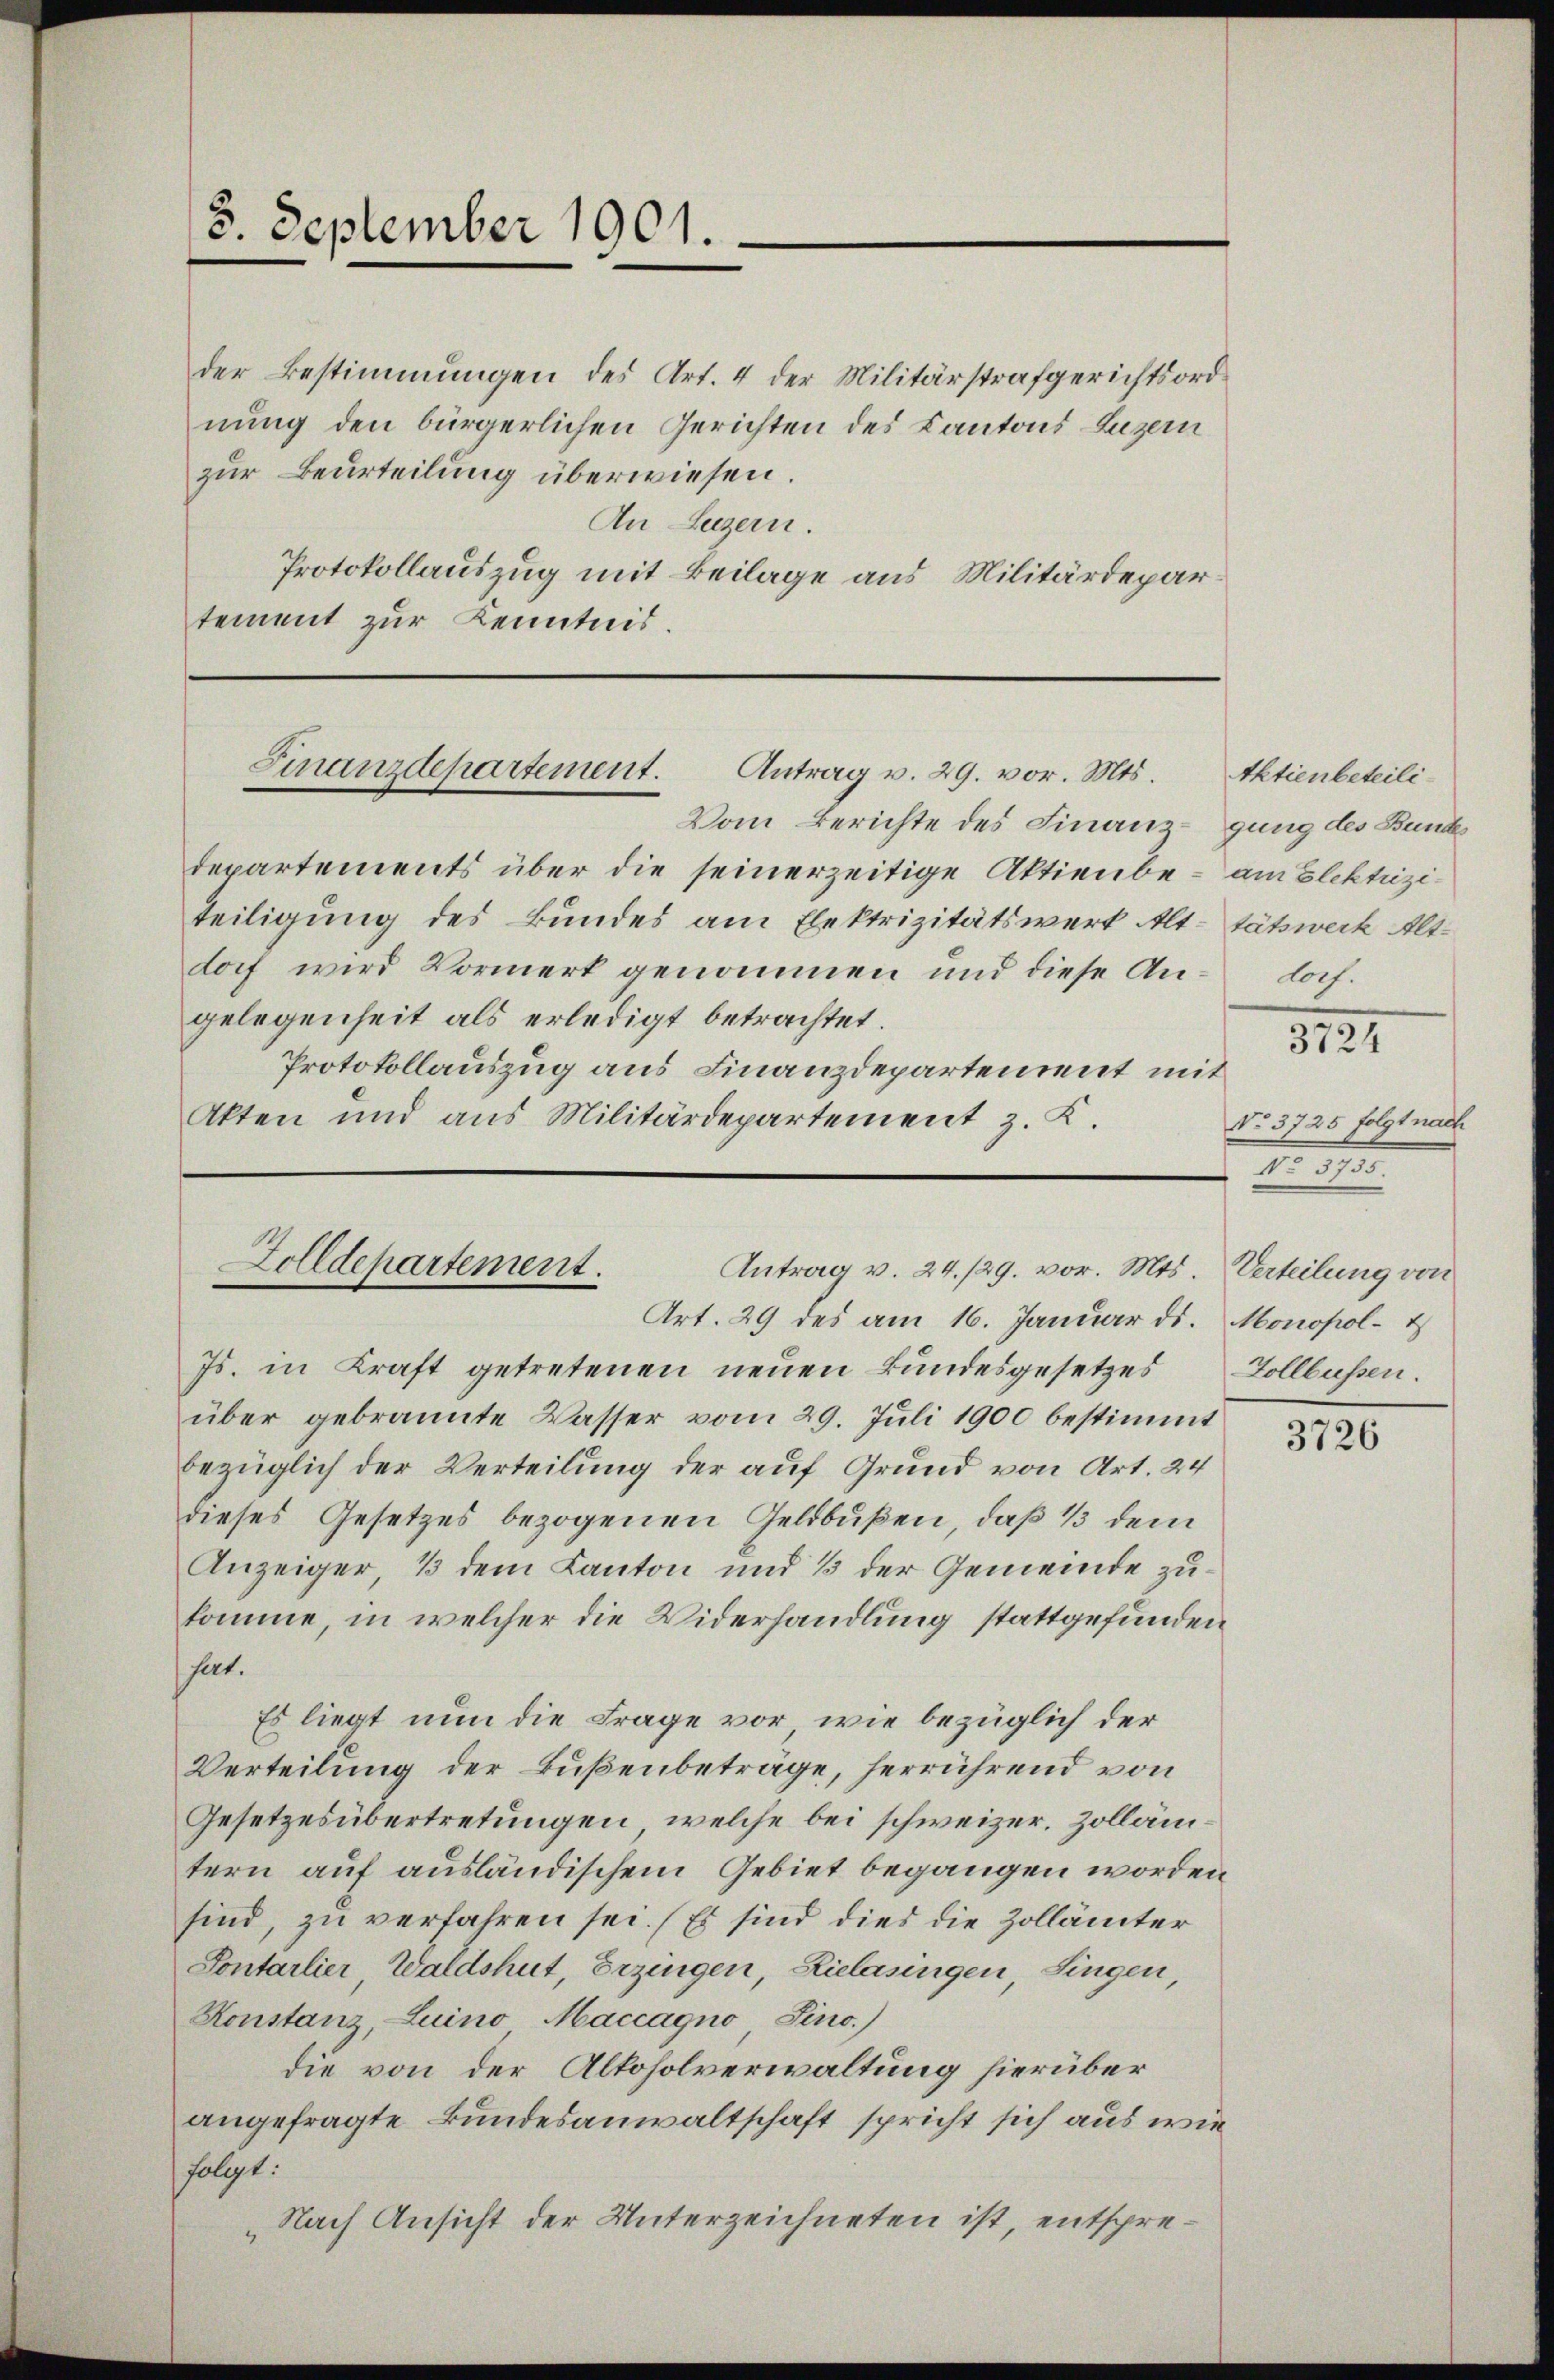
5. September 1901.

der Bestimmungen des Art. 4 der Militärstrafgerichtsordnung den bürgerlichen Gerichten des Kantons Luzern
zur Beurteilung überwiesen.
An Luzern.
Protokollauszug mit Beilage aus Militärdepartement zur Kenntnis.

Finanzdepartement. Antrag v. 29. vor. Mts.

departements über die seinerzeitige Aktienbe- am Elektriziteiligung des Bundes am Elektrizitätswerk Alt- tätswerk Altdorf wird Vormerk genommen und diese Angelegenheit als erledigt betrachtet.
Protokollauszug aus Finanzdepartement mit
Akten und aus Militärdepartement z. K.

Vom Berichte des Finanz-gung des Bunde

Zolldepartement.
Antrag v. 24./29. vor. Mts. Verteilung von

Aktienbeteilidorf.

Art. 29 des am 16. Januar ds. Monopol- &
Js. in Kraft getretenen neuen Bundesgesetzes Zollbussen.
über gebrannte Wasser vom 29. Juli 1900 bestimmt
bezüglich der Verteilung der auf Grund von Art. 24
dieses Gesetzes bezogenen Geldbußen, daß 1 dem
Anzeiger, 3 dem Kanton und 3 der Gemeinde zukomme, in welcher die Widerhandlung stattgefunden
hat.
Es liegt nun die Frage vor, wie bezüglich der
Verteilung der Bußenbeträge, herrührend von
Gesetzesübertretungen, welche bei schweizer. Zollämtern auf ausländischem Gebiet begangen worden
sind, zu verfahren sei. (Es sind dies die Zollämter
Pontarlier, Waldshut, Erzingen, Zielasingen, Singen,
Konstanz, Luino Maccagno Fino.)
die von der Altoholverwaltung hierüber
angefragte Bundesanwaltschaft spricht sich aus wie
folgt:
„Nach Ansicht der Unterzeichneten ist, entspre¬

3121

No. 3725 folgt nach
x

3726